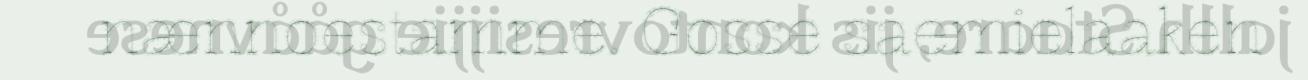
nænnoestamme. Gosse saemielaaken